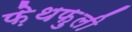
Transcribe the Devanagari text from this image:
फ़ेथफ़ुली